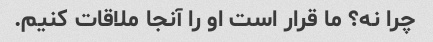
چرا نه؟ ما قرار است او را آنجا ملاقات کنیم.